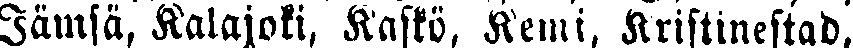
Jämsä, Kalajoki, Kaskö, Kemi, Kristinestad,